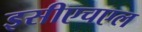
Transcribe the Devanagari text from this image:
इसीएचएल